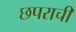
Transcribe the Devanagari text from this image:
छपराची